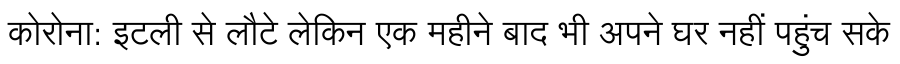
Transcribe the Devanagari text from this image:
कोरोना: इटली से लौटे लेकिन एक महीने बाद भी अपने घर नहीं पहुंच सके